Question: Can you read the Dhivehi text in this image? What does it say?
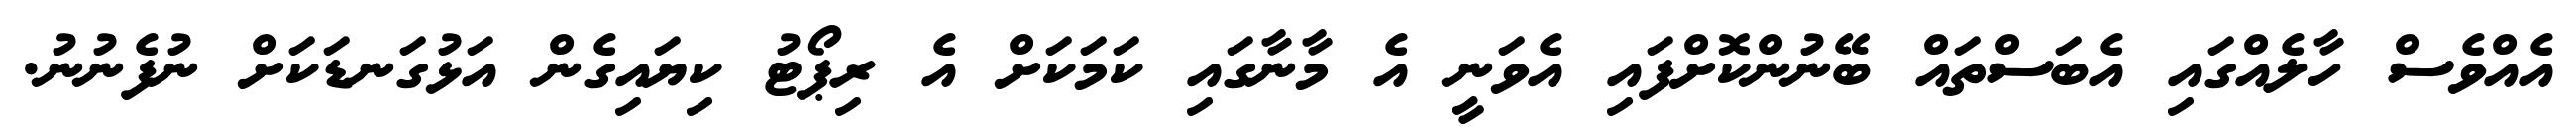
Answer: އެއްވެސް ހާލެއްގައި އެބަސްތައް ބޭނުންކޮށްފައި އެވަނީ އެ މާނާގައި ކަމަކަށް އެ ރިޕޯޓު ކިޔައިގެން އަޅުގަނޑަކަށް ނުފެނުނު.